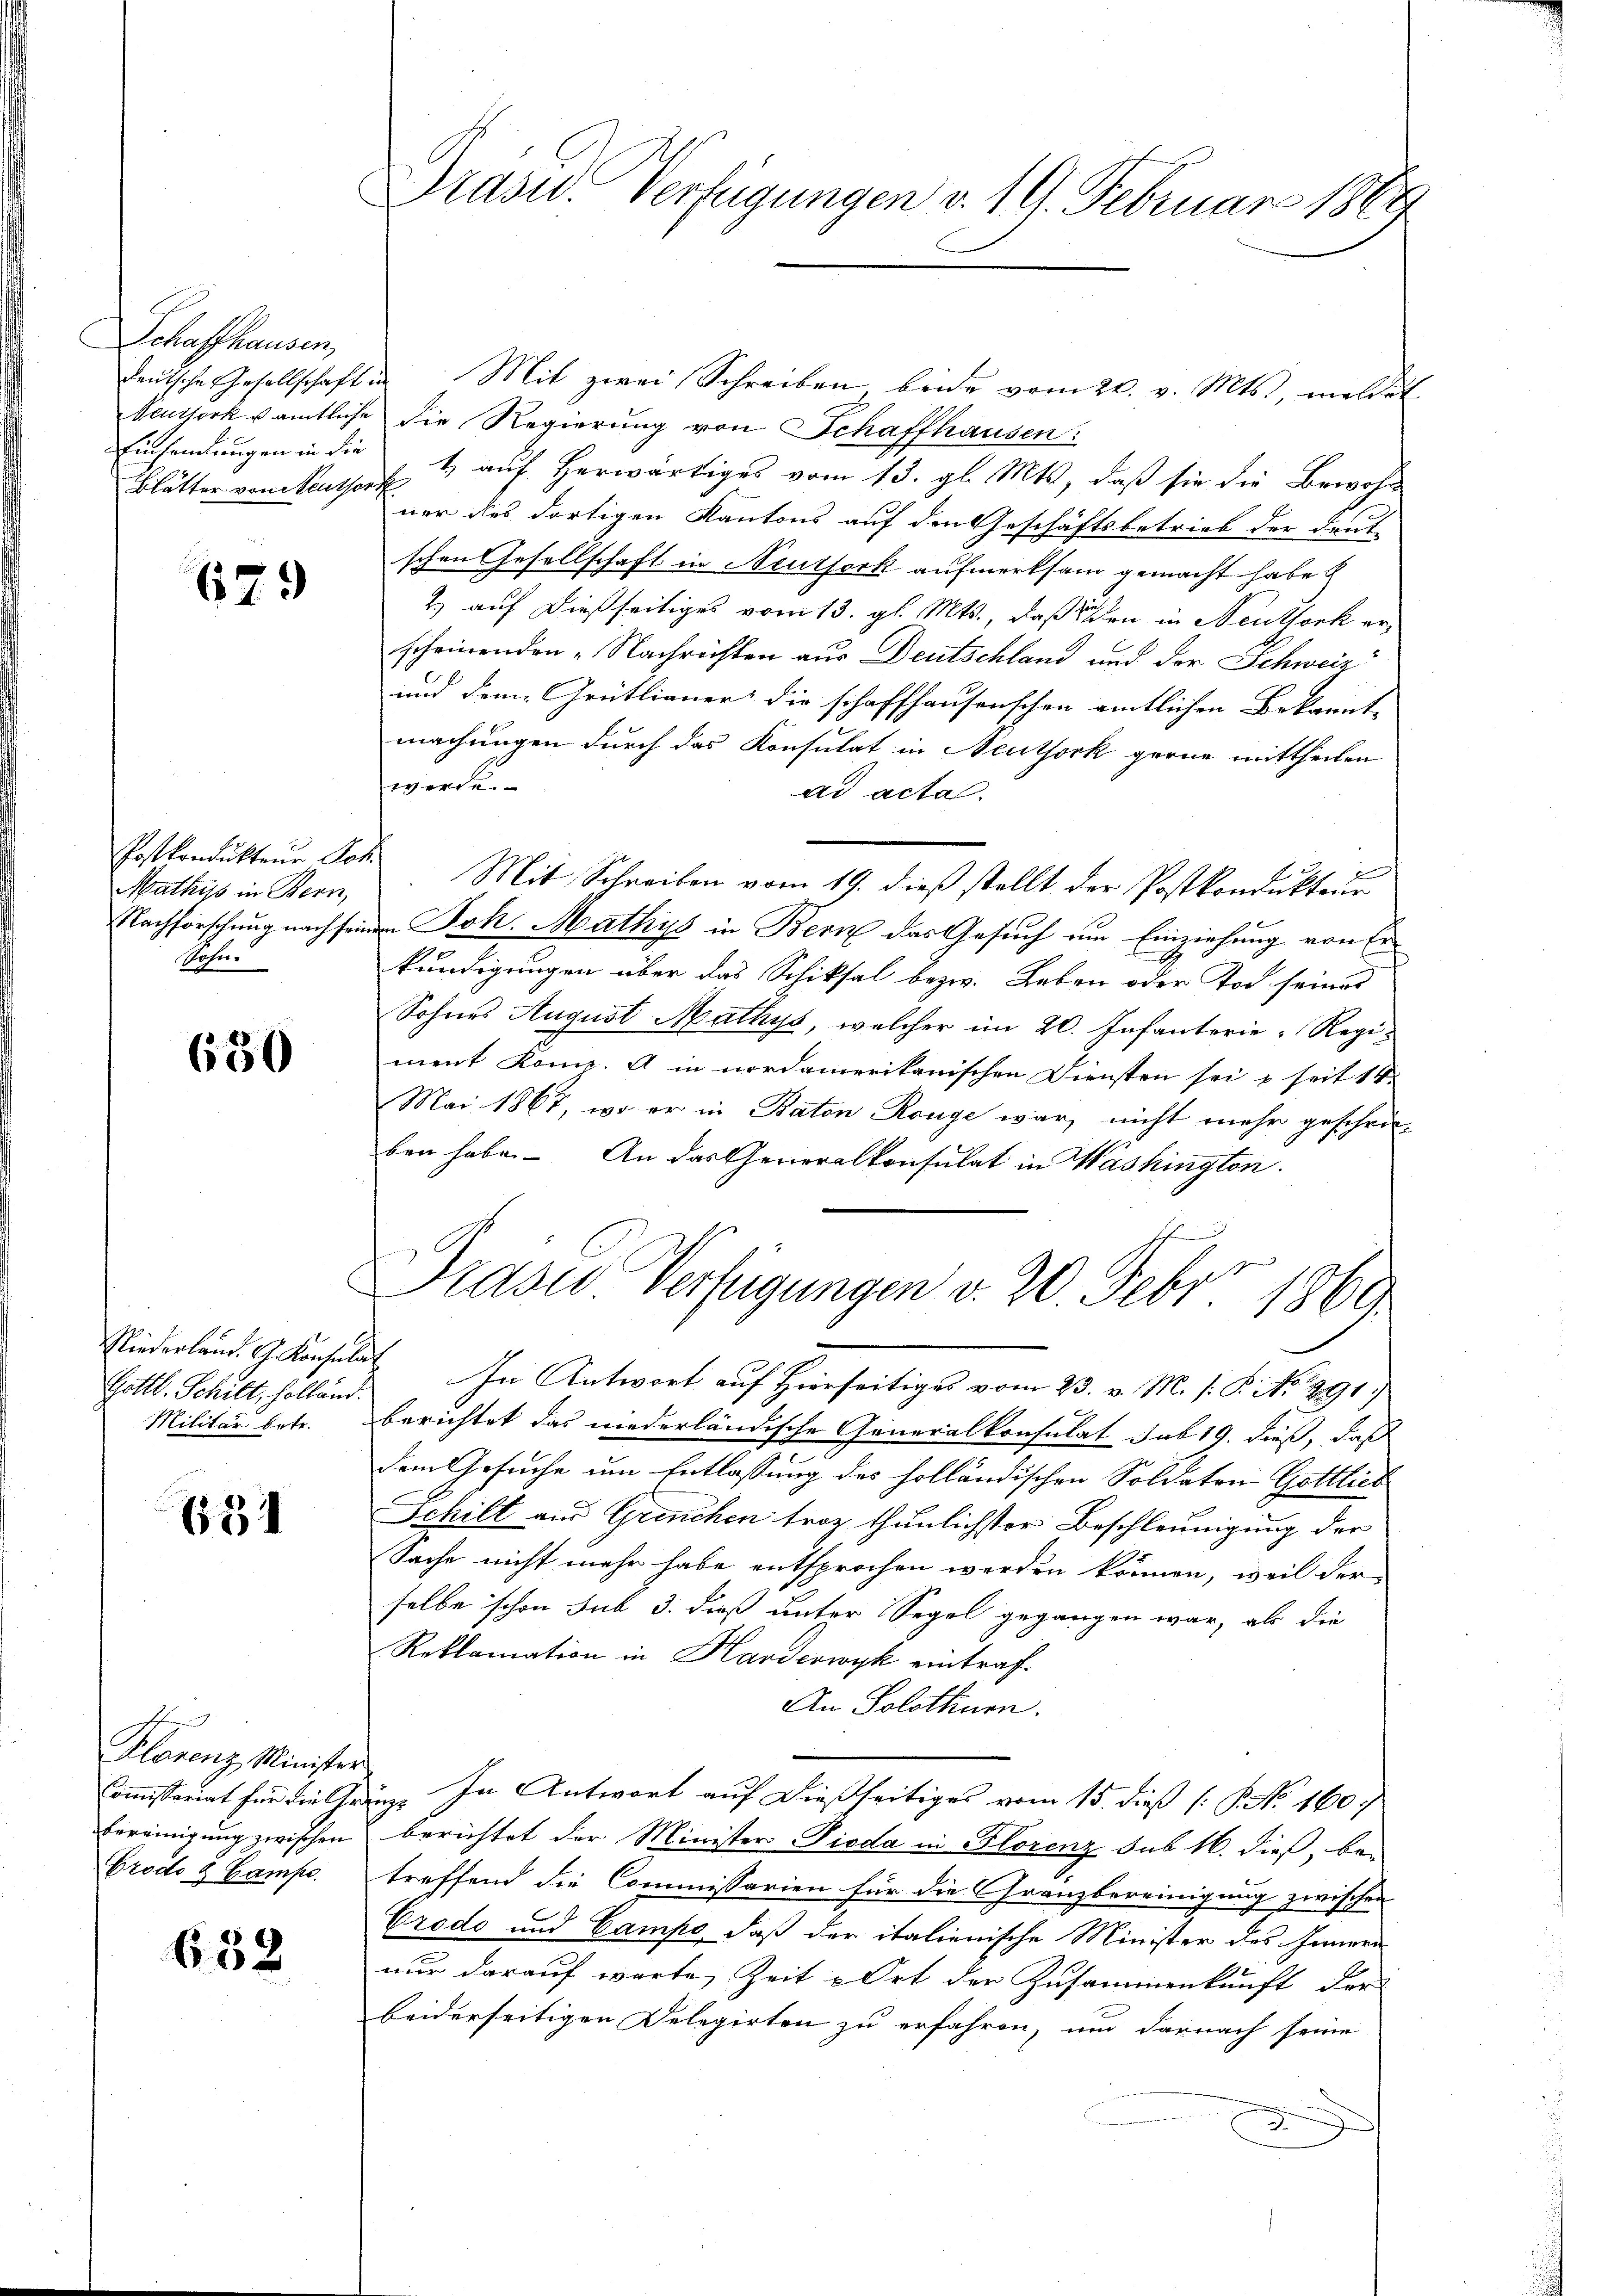
Schaffhausen,
Peuthork u amtliche
Blätter von Seuthort

679

Postkondukteur Joh.
Mathis in Bern,
Nachforschung nach sein
Sohn.

630

Gottl. Schilt, holland.
Militär betr.

631

Klorenz Minister
Commissariat für die Ge¬
Bereinigung zwischen
Grode & Campe

638

Präsid.. Verfügungen v. 19. Februar 1869

deŭtsche Gesellschaft in Mit zwei Schreiben beide vom 20. v. Mts., meldet
" die Regierung von Schaffhausen:
Einsendungen in die, 1 auf herwärtiges vom 13. gl. Mts., daß sie die Bewohn
ner des dortigen Kantons auf den Geschäftsbetrieb der deut-
schen Gesellschaft in Neutserk aufmerksam gemacht habe
2.) auf dießseitiges vom 13. gl. Mts., daß sichen in Neuthork erscheinenden „Nachrichten aus Deutschland und der Schweiz
und dem Grütlianer die schaffhausenschen amtlichen Bekannte
machungen durch das Konsulat in Neuthork gerne mittheilen
werde.
ad acta.
E
Mit Schreiben vom 19. dieß stellt der Postkondukteur
m Joh. Mathys in Bern das Gesuch um Einziehung von Erkundigungen über das Schiksal bezw. Leben oder Tod seines
Sohnes August Mathys, welcher im 20. Infanterie-Regiment Komp. A in nordamerikanischen Diensten sei & seit 14
Mai 1867, wo er in Raten Range war, nicht mehr gescheiben habe. An das Generalkonsulat in Washington.
Praser Verfügungen v. 20. Febr 1869
Niederland. G. Konsen In Antwort auf Hierseitiges vom 23. v. M. s. P. No. 291)
berichtet das niederländische Generalkonsulat sub 19. dieß, das
dem Gesuche um Entlassung des holländischen Soldaten Gottlich
Schilt aus Grenchen fror thunlichster Beschleunigung der
Sache nicht mehr habe entsprochen werden können, weil der
selbe schon sub 3. dieß unter Segel gegangen war, als die
Reklamation in Handerwyk eintraf¬
An Solothurn.
. In Antwort auf dießseitiges vom 15. dieß (: P. Nr. 160.
g
berichtet der Minister Pioda in Florenz sub 16. dieß, bei
treffend die Commissarien für die Gränzbereinigung zwischen
Crodo und Campe, daß der italienische Minister des Innern
nur darauf warte Zeit u Ort der Zusammenkunft der
beiderseitigen Delegirten zu erfahren, und darnach seine
.